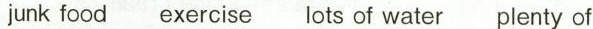
junk food exercise lots of water plenty of